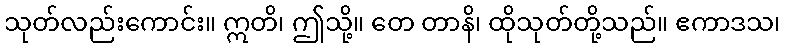
သုတ်လည်းကောင်း။ ဣတိ၊ ဤသို့။ တေ တာနိ၊ ထိုသုတ်တို့သည်။ ဧကာဒသ၊